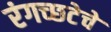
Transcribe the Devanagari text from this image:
रंगच्‍छटेचे